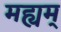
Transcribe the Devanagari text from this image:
मह्यम्